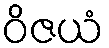
ဝိဇယံ